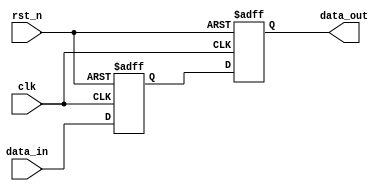
module reset_condition_example (
    input wire clk,          // Clock signal
    input wire rst_n,       // Active-low reset signal
    input wire [7:0] data_in, // Example input signal
    output reg [7:0] data_out // Example output signal
);

// Internal state variable
reg [7:0] internal_state;

// Synchronous reset logic
always @(posedge clk or negedge rst_n) begin
    if (!rst_n) begin
        // Reset condition: initialize internal state
        internal_state <= 8'b0; // Set to zero or any predefined state
        data_out <= 8'b0;        // Initialize output
    end else begin
        // Normal operation: update internal state based on input
        internal_state <= data_in; // Example operation
        data_out <= internal_state; // Example output assignment
    end
end

endmodule